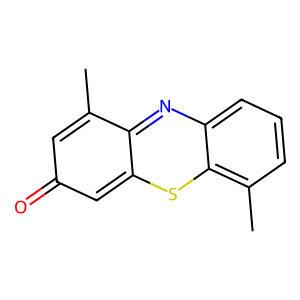
SMILES: Cc1cc(=O)cc2sc3c(C)cccc3nc1-2
Inhibits HIV replication: No